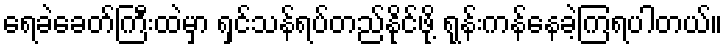
ရေခဲခေတ်ကြီးထဲမှာ ရှင်သန်ရပ်တည်နိုင်ဖို့ ရုန်းကန်နေခဲ့ကြရပါတယ်။